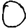
Digit: 0